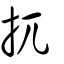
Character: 扤